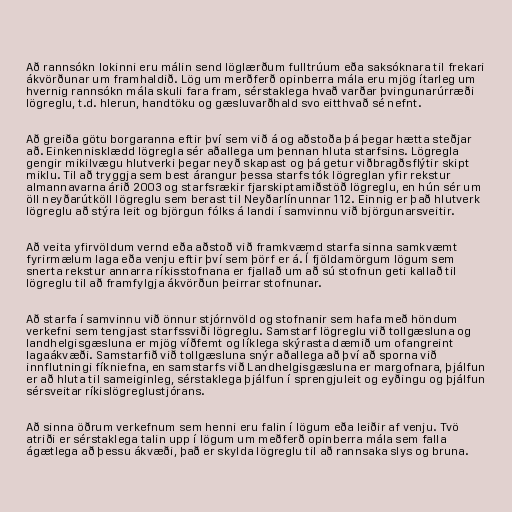
Að rannsókn lokinni eru málin send löglærðum fulltrúum eða saksóknara til frekari
ákvörðunar um framhaldið. Lög um merðferð opinberra mála eru mjög ítarleg um
hvernig rannsókn mála skuli fara fram, sérstaklega hvað varðar þvingunarúrræði
lögreglu, t.d. hlerun, handtöku og gæsluvarðhald svo eitthvað sé nefnt.

Að greiða götu borgaranna eftir því sem við á og aðstoða þá þegar hætta steðjar
að. Einkennisklædd lögregla sér aðallega um þennan hluta starfsins. Lögregla
gengir mikilvægu hlutverki þegar neyð skapast og þá getur viðbragðsflýtir skipt
miklu. Til að tryggja sem best árangur þessa starfs tók lögreglan yfir rekstur
almannavarna árið 2003 og starfsrækir fjarskiptamiðstöð lögreglu, en hún sér um
öll neyðarútköll lögreglu sem berast til Neyðarlínunnar 112. Einnig er það hlutverk
lögreglu að stýra leit og björgun fólks á landi í samvinnu við björgunarsveitir.

Að veita yfirvöldum vernd eða aðstoð við framkvæmd starfa sinna samkvæmt
fyrirmælum laga eða venju eftir því sem þörf er á. Í fjöldamörgum lögum sem
snerta rekstur annarra ríkisstofnana er fjallað um að sú stofnun geti kallað til
lögreglu til að framfylgja ákvörðun þeirrar stofnunar.

Að starfa í samvinnu við önnur stjórnvöld og stofnanir sem hafa með höndum
verkefni sem tengjast starfssviði lögreglu. Samstarf lögreglu við tollgæsluna og
landhelgisgæsluna er mjög víðfemt og líklega skýrasta dæmið um ofangreint
lagaákvæði. Samstarfið við tollgæsluna snýr aðallega að því að sporna við
innflutningi fíkniefna, en samstarfs við Landhelgisgæsluna er margofnara, þjálfun
er að hluta til sameiginleg, sérstaklega þjálfun í sprengjuleit og eyðingu og þjálfun
sérsveitar ríkislögreglustjórans.

Að sinna öðrum verkefnum sem henni eru falin í lögum eða leiðir af venju. Tvö
atriði er sérstaklega talin upp í lögum um meðferð opinberra mála sem falla
ágætlega að þessu ákvæði, það er skylda lögreglu til að rannsaka slys og bruna.